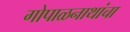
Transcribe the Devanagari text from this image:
गोपाळनाथांचा